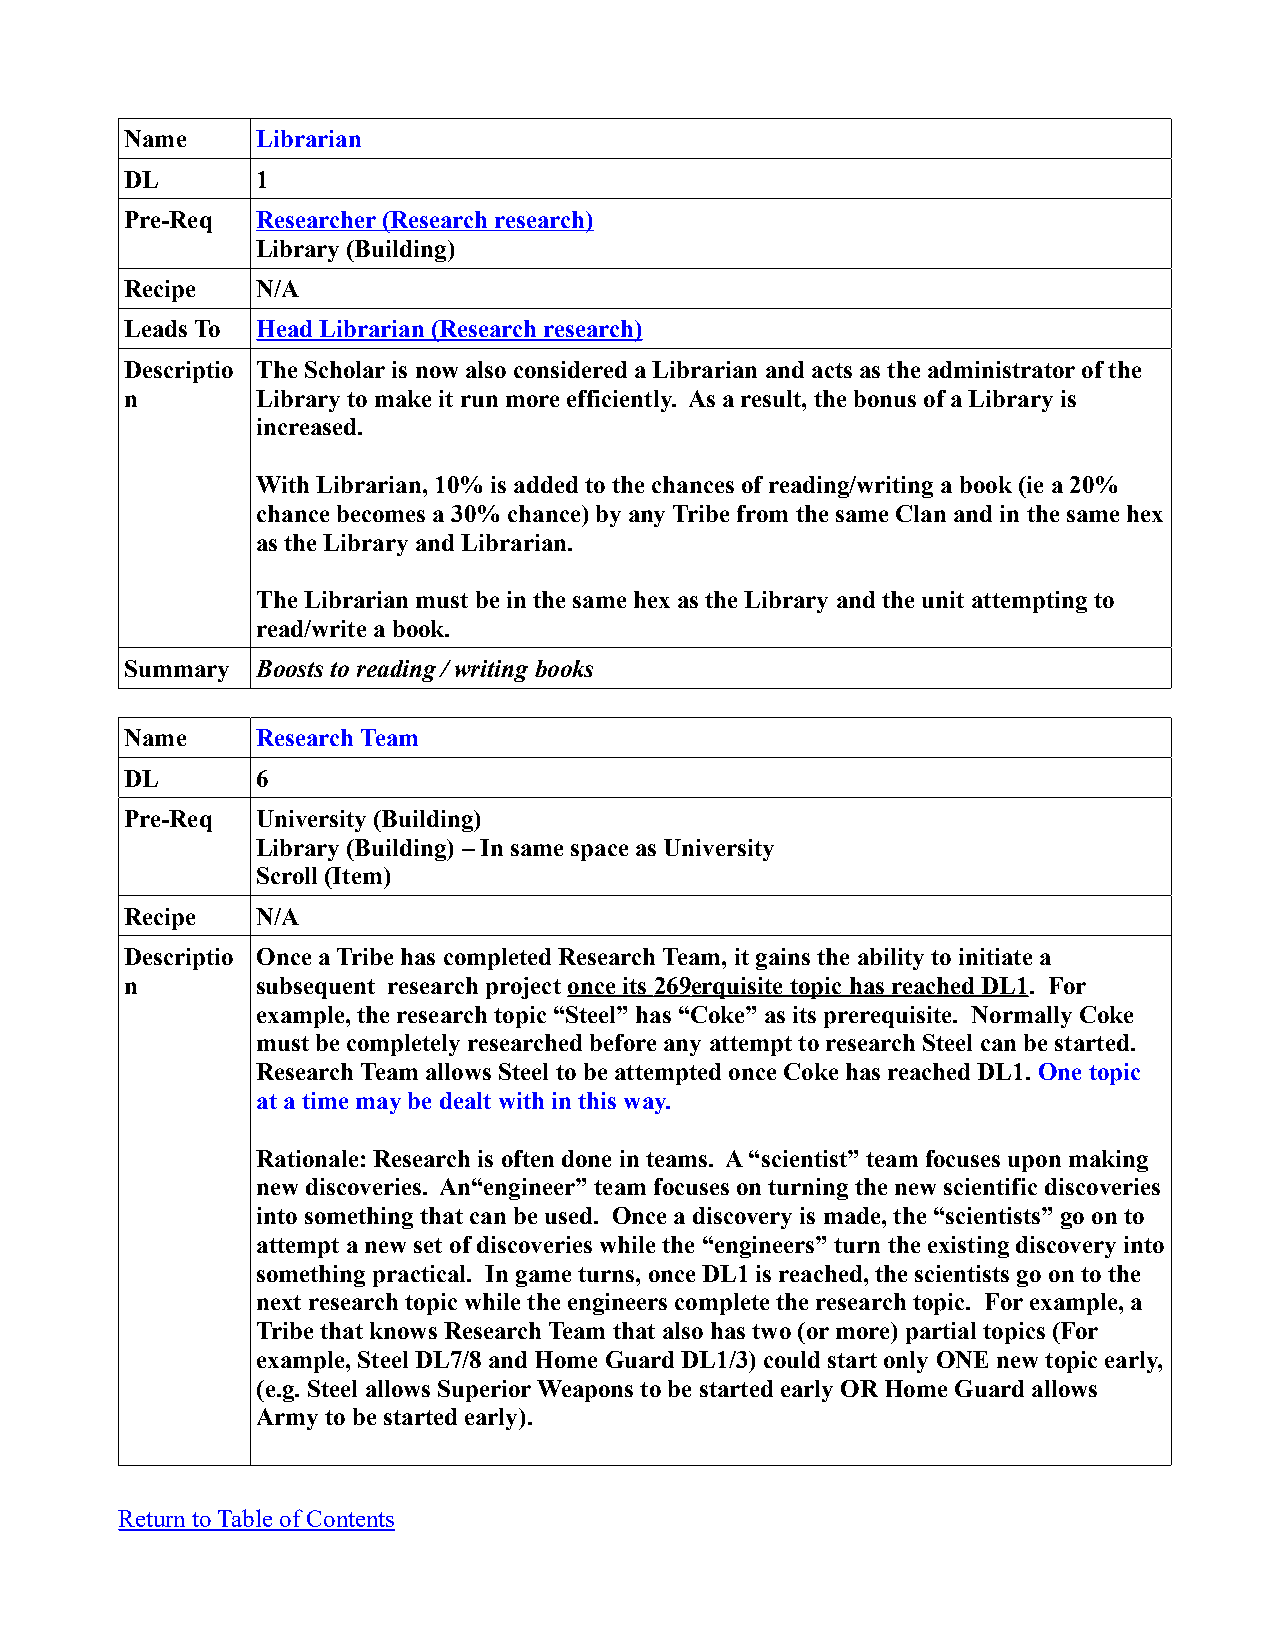
Name     Librarian
 DL       1
 Pre-Req  Researcher (Research research)
 Library (Building)
 Recipe   N/A
 Leads To Head Librarian (Research research)
 Descriptio The Scholar is now also considered a Librarian and acts as the administrator of the
 n        Library to make it run more efficiently. As a result, the bonus of a Library is
 increased.
 With Librarian, 10% is added to the chances of reading/writing a book (ie a 20%
 chance becomes a 30% chance) by any Tribe from the same Clan and in the same hex
 as the Library and Librarian.
 The Librarian must be in the same hex as the Library and the unit attempting to
 read/write a book.
 Summary  Boosts to reading / writing books
 Name     Research Team
 DL       6
 Pre-Req  University (Building)
 Library (Building) – In same space as University
 Scroll (Item)
 Recipe   N/A
 Descriptio Once a Tribe has completed Research Team, it gains the ability to initiate a
 n        subsequent research project once its 269 erquisite topic has reached DL1. For
 example, the research topic “Steel” has “Coke” as its prerequisite. Normally Coke
 must be completely researched before any attempt to research Steel can be started.
 Research Team allows Steel to be attempted once Coke has reached DL1. One topic
 at a time may be dealt with in this way.
 Rationale: Research is often done in teams. A “scientist” team focuses upon making
 new discoveries. An“engineer” team focuses on turning the new scientific discoveries
 into something that can be used. Once a discovery is made, the “scientists” go on to
 attempt a new set of discoveries while the “engineers” turn the existing discovery into
 something practical. In game turns, once DL1 is reached, the scientists go on to the
 next research topic while the engineers complete the research topic. For example, a
 Tribe that knows Research Team that also has two (or more) partial topics (For
 example, Steel DL7/8 and Home Guard DL1/3) could start only ONE new topic early,
 (e.g. Steel allows Superior Weapons to be started early OR Home Guard allows
 Army to be started early).
 Return to Table of Contents